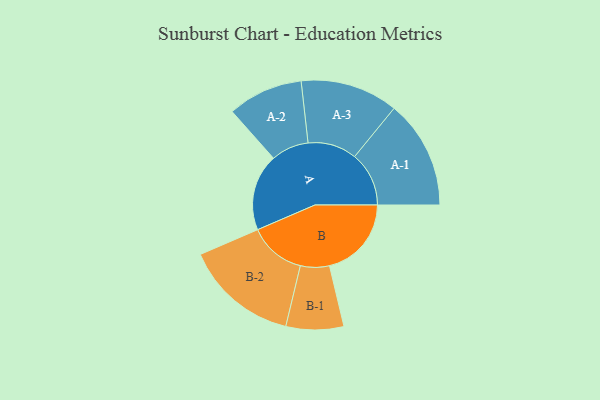
{"axis": {"x": "Segment", "y": "Value"}, "legend": ["", "A", "B"], "data": [{"x": "A", "y": 383, "type": ""}, {"x": "B", "y": 409, "type": ""}, {"x": "A-1", "y": 271, "type": "A"}, {"x": "A-2", "y": 188, "type": "A"}, {"x": "A-3", "y": 244, "type": "A"}, {"x": "B-1", "y": 144, "type": "B"}, {"x": "B-2", "y": 284, "type": "B"}]}